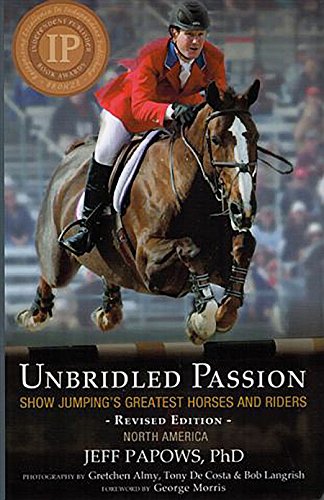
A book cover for Unbridled Passion: Show Jumping's Greatest Horses and Riders; Jeff Papows; Sports & Outdoors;